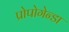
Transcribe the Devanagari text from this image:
प्रोपोगेन्डा